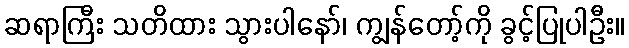
ဆရာကြီး သတိထား သွားပါနော်၊ ကျွန်တော့်ကို ခွင့်ပြုပါဦး။